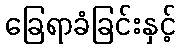
ခြေရာခံခြင်းနှင့်